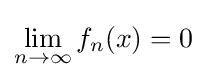
\lim _{n\to \infty }f_{n}(x)=0